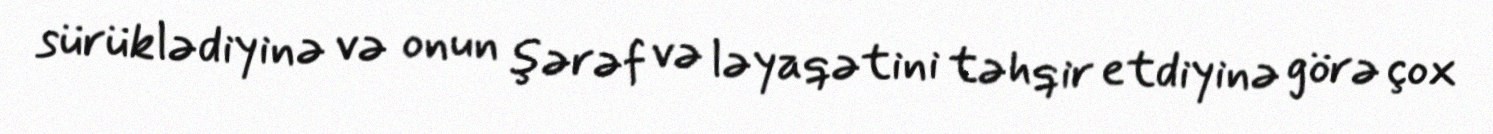
sürüklədiyinə və onun şərəf və ləyaqətini təhqir etdiyinə görə çox